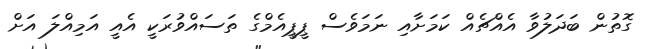
ގޮތުން ބަދަލުވާ އެއްޗެއް ކަމަށާއި ނަމަވެސް ޕީޕީއެމްގެ ތަސައްވުރަކީ އެއީ އަމިއްލަ އަށް